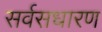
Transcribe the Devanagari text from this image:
सर्वसधारण